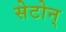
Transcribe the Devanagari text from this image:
सेटोन्